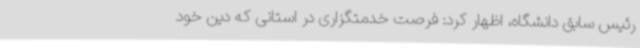
رئیس سابق دانشگاه، اظهار کرد: فرصت خدمتگزاری در استانی که دین خود